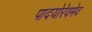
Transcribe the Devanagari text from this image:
पादयोरेवमेव